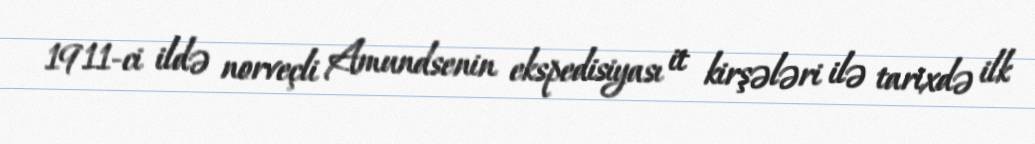
1911-ci ildə norveçli Amundsenin ekspedisiyası it kirşələri ilə tarixdə ilk